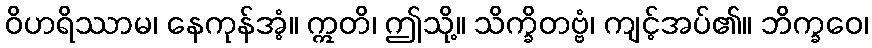
ဝိဟရိဿာမ၊ နေကုန်အံ့။ ဣတိ၊ ဤသို့။ သိက္ခိတဗ္ဗံ၊ ကျင့်အပ်၏။ ဘိက္ခဝေ၊